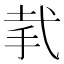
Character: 𢎇